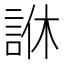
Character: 䛙